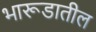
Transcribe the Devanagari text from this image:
भारूडातील